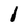
Character: l